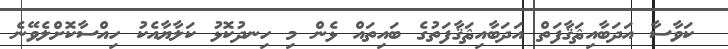
ކަވާސާ އަދަބާއިޘަޤާފަތް އަދަބާއިޘަޤާފަތުގެ ބައިތައް ޅެން މި ހިނދުކޮޅު ކަލާޔާއެކު ހިއްސާކޮށްލެވޭނެ